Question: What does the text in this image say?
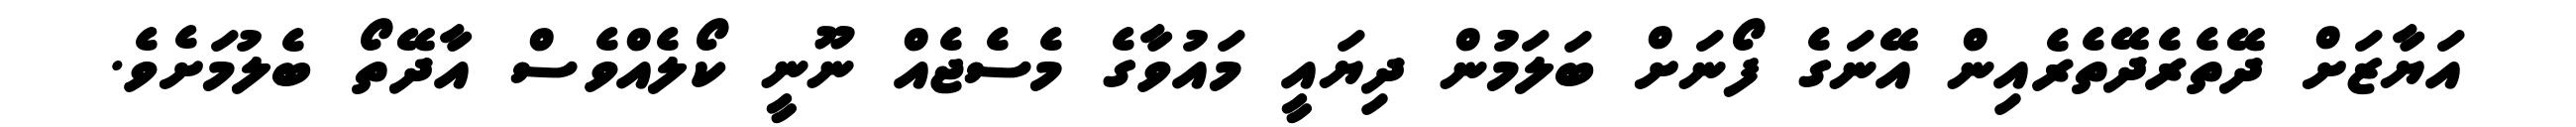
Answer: އަޔާޒަށް ދޭތެރެދޭތެރެއިން އޭނަގެ ފޯނަށް ބަލަމުން ދިޔައީ މައުވާގެ މެސެޖެއް ނޫނީ ކޯލެއްވެސް އާދޭތޯ ބެލުމަށެވެ.